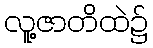
လူ့ဇာတိထဲ၌